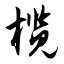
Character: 榄